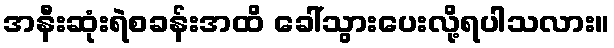
အနီးဆုံးရဲစခန်းအထိ ခေါ်သွားပေးလို့ရပါသလား။